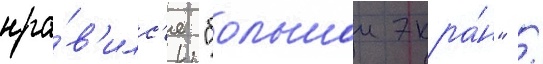
нра́в'илс'я "большои экра́н" /